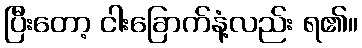
ပြီးတော့ ငါးခြောက်နံ့လည်း ရ၏။